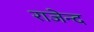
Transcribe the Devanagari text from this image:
राजेन्द